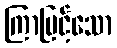
ကြာမြင့်သော